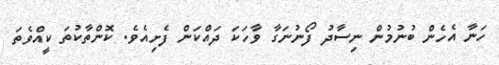
ހަނާ އެހެން ބުނުމުން ނިސާދު ފޯނުނަގާ ވާހަކަ ދައްކަން ފެށިއެވެ. ކޮންތާކުތަ ކީއްވެތަ